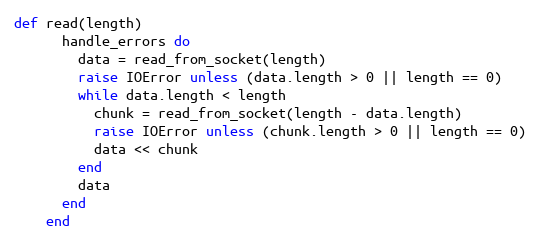
Language: Ruby
def read(length)
      handle_errors do
        data = read_from_socket(length)
        raise IOError unless (data.length > 0 || length == 0)
        while data.length < length
          chunk = read_from_socket(length - data.length)
          raise IOError unless (chunk.length > 0 || length == 0)
          data << chunk
        end
        data
      end
    end